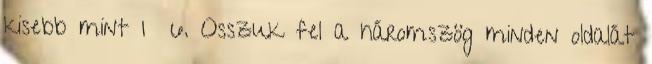
kisebb mint 1 6. Osszuk fel a háromszög minden oldalát